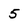
Character: 5